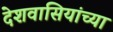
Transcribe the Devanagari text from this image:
देशवासियांच्या